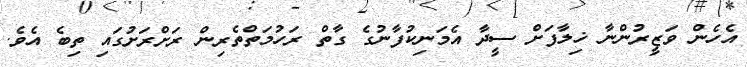
އެހެން ވަޒީރުންނާ ޚިލާފަށް ސީދާ އެމަނިކުފާނުގެ ގާތް ރަހުމަތްތެރިން ރަށްރަށުގައި ތިބެ އެވެ.